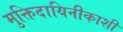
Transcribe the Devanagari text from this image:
मुक्तिदायिनीकाशी